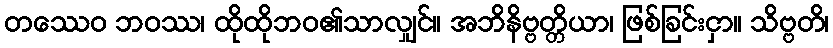
တဿေဝ ဘဝဿ၊ ထိုထိုဘဝ၏သာလျှင်။ အဘိနိဗ္ဗတ္တိယာ၊ ဖြစ်ခြင်းငှာ။ သိဗ္ဗတိ၊